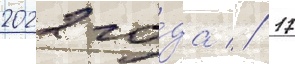
2022 го́да // 17